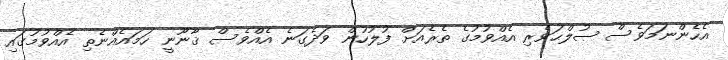
އެހެންނަމަވެސް ޞުލްޙަވެރި އެއްވުމުގެ ތެރެއަށް ފުލުހުން ވަދެގަނެ އެއްވެސް ޤާނޫނީ ހަމައެއްނެތި އެއްވުމުގައި